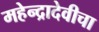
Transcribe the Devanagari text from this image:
महेन्द्रादेवीचा